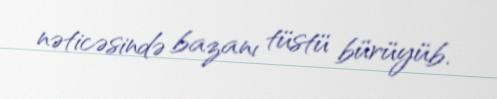
nəticəsində bazanı tüstü bürüyüb.